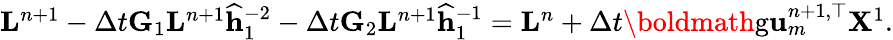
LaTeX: \begin{array}{r}{\mathbf{L}^{n+1}-\Delta t\mathbf{G}_{1}\mathbf{L}^{n+1}\mathbf{\widehat h}_{1}^{-2}-\Delta t\mathbf{G}_{2}\mathbf{L}^{n+1}\mathbf{\widehat h}_{1}^{-1}=\mathbf{L}^{n}+\Delta t\textrm{\boldmath{g}}\mathbf{u}_{m}^{n+1,\top}\mathbf{X}^{1}.}\end{array}